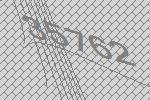
35762